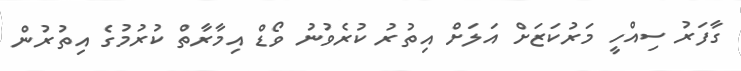
ގާފަރު ސިއްހީ މަރުކަޒަށް އަލަށް އިތުރު ކުރެވުނު ވޯޑް އިމާރާތް ކުރުމުގެ އިތުރުން